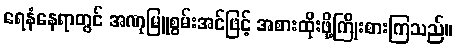
ရေနံနေရာတွင် အဏုမြူစွမ်းအင်ဖြင့် အစားထိုးဖို့ကြိုးစားကြသည်။